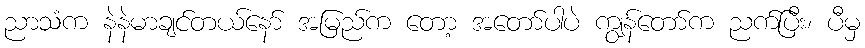
ညာသံက နဲနဲမာချင်တယ်နော် အမြည်က တော့ အတော်ပါပဲ ကျွန်တော်က ညက်ပြီး၊ ပီမှ